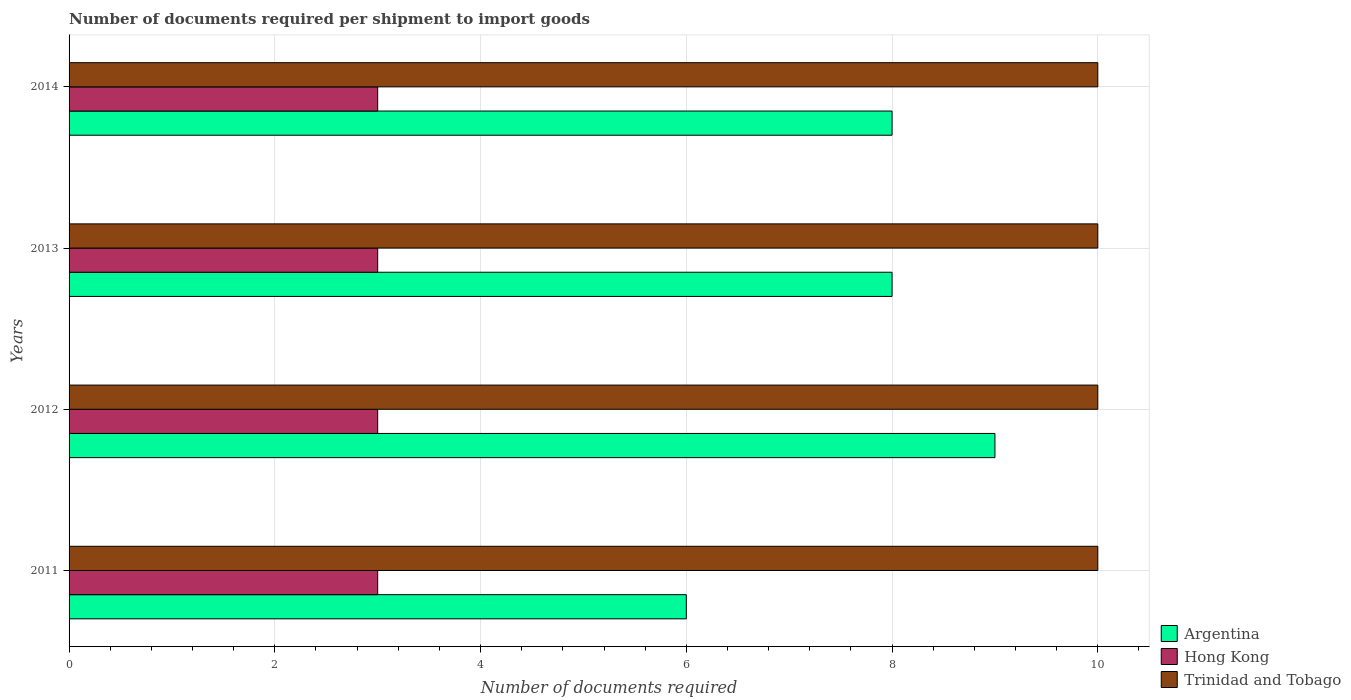
| Years | Argentina | Hong Kong | Trinidad and Tobago |
 | --- | --- | --- | --- |
 | 2011 | 6 | 3 | 10 |
 | 2012 | 9 | 3 | 10 |
 | 2013 | 8 | 3 | 10 |
 | 2014 | 8 | 3 | 10 |